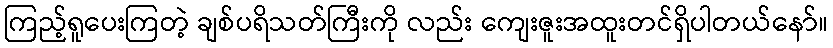
ကြည့်ရူပေးကြတဲ့ ချစ်ပရိသတ်ကြီးကို လည်း ကျေးဇူးအထူးတင်ရှိပါတယ်နော်။